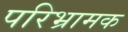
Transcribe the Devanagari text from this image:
परिभ्रामक